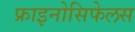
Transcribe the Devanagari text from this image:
फ्राइनोसिफेलस